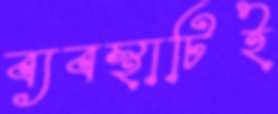
ব্যবস্থাটিই